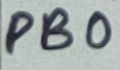
Text: PB0